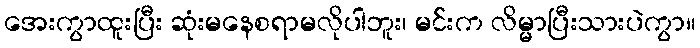
အေးကွာထူးပြီး ဆုံးမနေစရာမလိုပါဘူး၊ မင်းက လိမ္မာပြီးသားပဲကွာ။